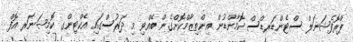
ޕްރޮފެޝަނަލް ސްޓެންޑަރޑްސް ކޮމާންޑުން އިންތިޒާމްކޮށްގެން ބޭއްވި މި ދަރުސްގައި އެކްޓިންގ ކޮމިޝަނަރ އޮފް